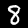
Label: 8